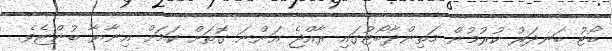
ބޯޓު ބަނދަރު ކުރުމުން މަތިންދާބޯޓުގައި ރާއްޖެ އަންނަ ގޮތަށް ކަމަށް އިނާޔާ ބުންޏެވެ.